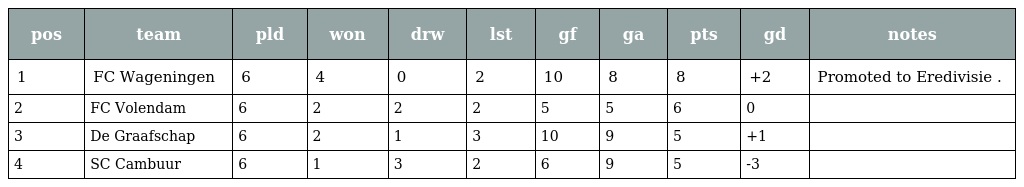
| pos | team | pld | won | drw | lst | gf | ga | pts | gd | notes |
 | --- | --- | --- | --- | --- | --- | --- | --- | --- | --- | --- |
 | 1 | FC Wageningen | 6 | 4 | 0 | 2 | 10 | 8 | 8 | +2 | Promoted to Eredivisie . |
 | 2 | FC Volendam | 6 | 2 | 2 | 2 | 5 | 5 | 6 | 0 |  |
 | 3 | De Graafschap | 6 | 2 | 1 | 3 | 10 | 9 | 5 | +1 |  |
 | 4 | SC Cambuur | 6 | 1 | 3 | 2 | 6 | 9 | 5 | -3 |  |